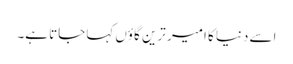
اسے دنیا کا امیر ترین گاؤں کہا جاتا ہے۔